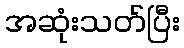
အဆုံးသတ်ပြီး